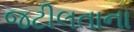
જટીલતાના